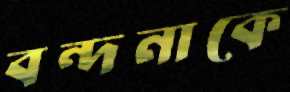
বন্দনাকে